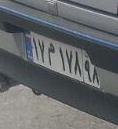
۱۷م۱۷۸۹۸